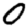
Digit: 0